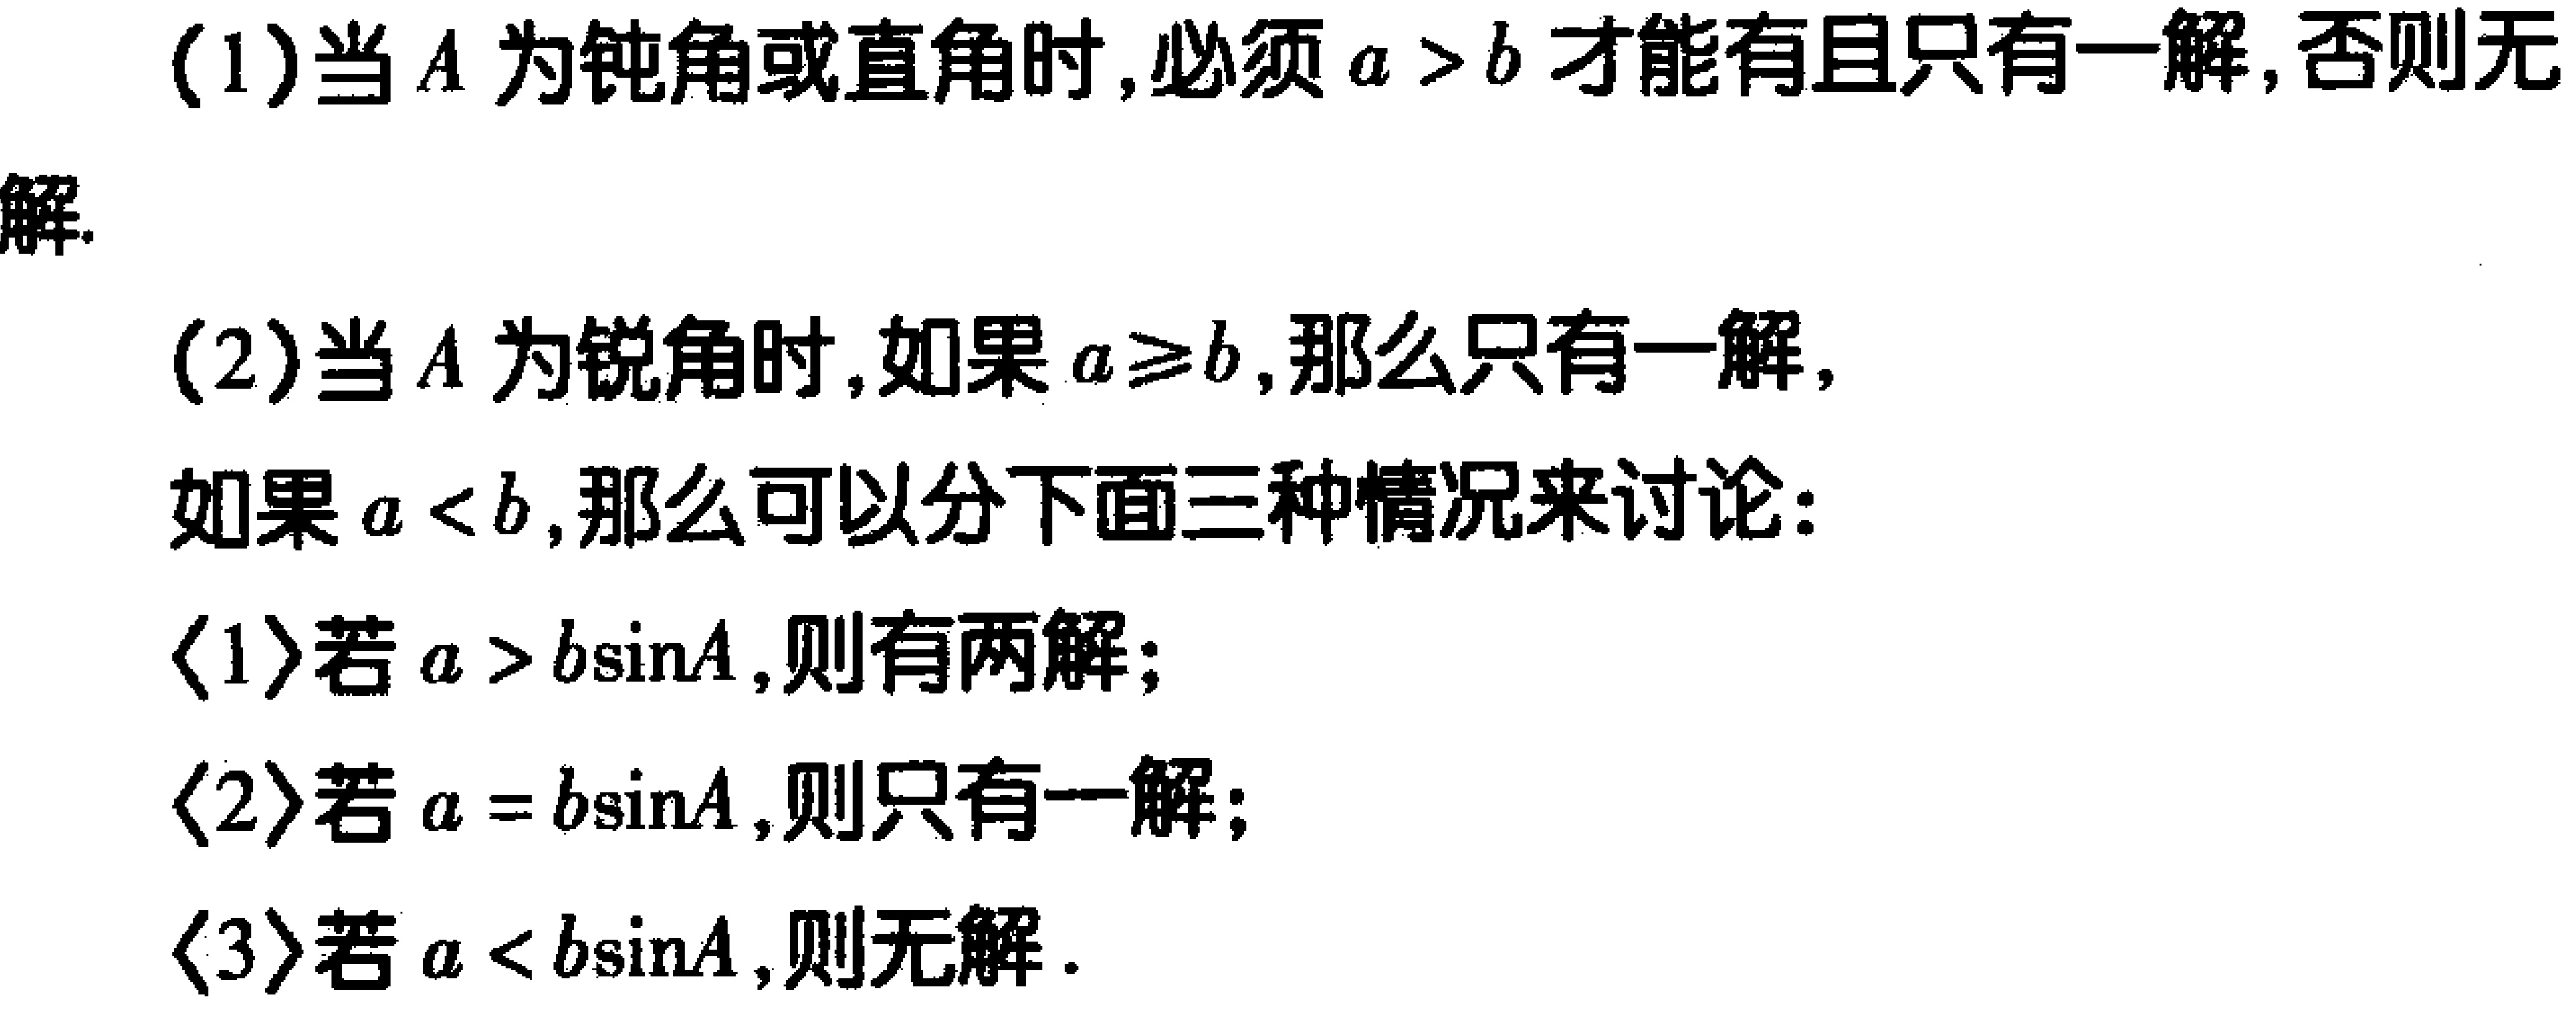
(1)当\(A\)为钝角或直角时,必须\(a > b\)才能有且只有一解,否则无
解.
(2)当\(A\)为锐角时,如果\(a\geq b\),那么只有一解,
如果\(a < b\),那么可以分下面三种情况来讨论:
$\langle 1\rangle$若\(a > b\sin A\),则有两解;
$\langle 2\rangle$若\(a = b\sin A\),则只有一解;
$\langle 3\rangle$若\(a < b\sin A\),则无解.